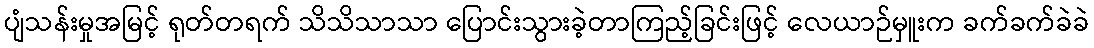
ပျံသန်းမှုအမြင့် ရုတ်တရက် သိသိသာသာ ပြောင်းသွားခဲ့တာကြည့်ခြင်းဖြင့် လေယာဉ်မှူးက ခက်ခက်ခဲခဲ